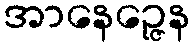
အာနေဉ္ဇေန